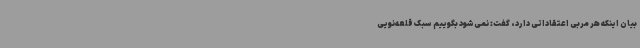
بیان اینکه هر مربی اعتقاداتی دارد، گفت: نمی‌شود بگوییم سبک قلعه‌نویی